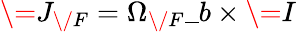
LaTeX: \= J_{\/ F}=\Omega_{\/ F}\_ b\times\= I